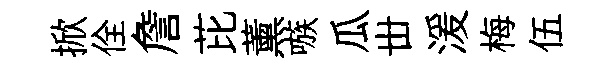
掀佺詹芘薰嗾瓜丗湲梅伍